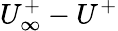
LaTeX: U_{\infty}^{+}-U^{+}